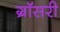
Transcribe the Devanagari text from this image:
ग्रॉसरी